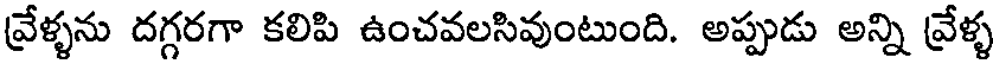
వ్రేళ్ళను దగ్గరగా కలిపి ఉంచవలసివుంటుంది. అప్పుడు అన్ని వ్రేళ్ళ